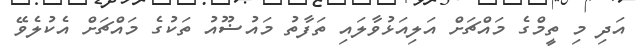
އަދިި މި ތީމްގެ މައްޗަށް އަލިއަޅުވާލައި ތަފާތު މައުޟޫއު ތަކުގެ މައްޗަށް އެކުލެވޭ